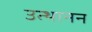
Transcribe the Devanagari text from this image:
उत्थानन